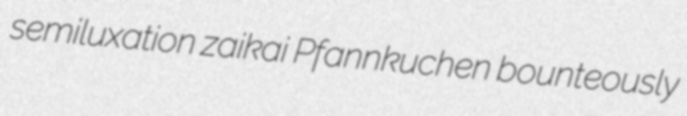
semiluxation zaikai Pfannkuchen bounteously